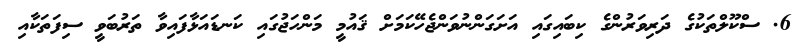
6. ސްކޫލްތަކުގެ ދަރިވަރުންގެ ކިބައިގައި އަށަގަންނުވަންޖެހޭކަމަށް ޤައުމީ މަންހަޖުގައި ކަނޑައަޅާފައިވާ ތަރުބަވީ ސިފަތަކާއި